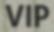
VIP